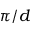
\pi / d